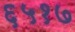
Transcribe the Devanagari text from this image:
६५१७